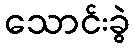
သောင်းခွဲ